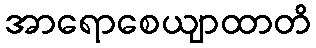
အာရောစေယျာထာတိ